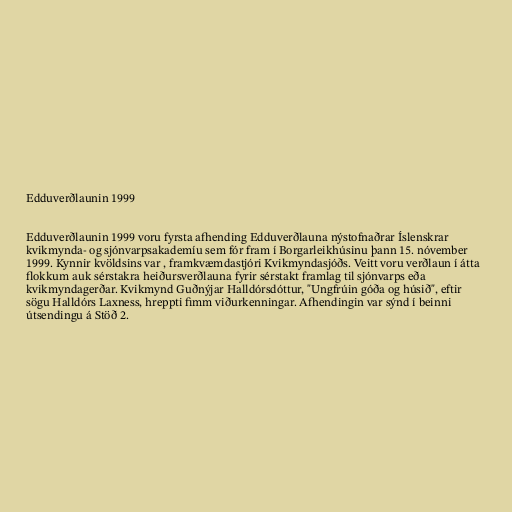
Edduverðlaunin 1999

Edduverðlaunin 1999 voru fyrsta afhending Edduverðlauna nýstofnaðrar Íslenskrar
kvikmynda- og sjónvarpsakademíu sem fór fram í Borgarleikhúsinu þann 15. nóvember
1999. Kynnir kvöldsins var , framkvæmdastjóri Kvikmyndasjóðs. Veitt voru verðlaun í átta
flokkum auk sérstakra heiðursverðlauna fyrir sérstakt framlag til sjónvarps eða
kvikmyndagerðar. Kvikmynd Guðnýjar Halldórsdóttur, "Ungfrúin góða og húsið", eftir
sögu Halldórs Laxness, hreppti fimm viðurkenningar. Afhendingin var sýnd í beinni
útsendingu á Stöð 2.